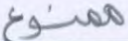
ممنوع